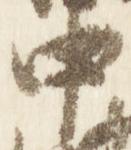
中